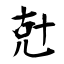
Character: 兙